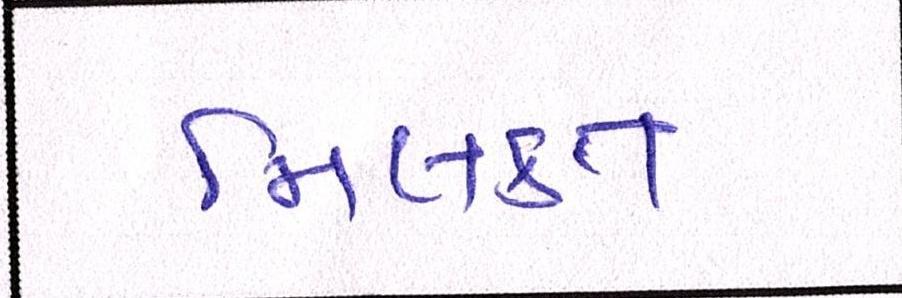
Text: મિલકત